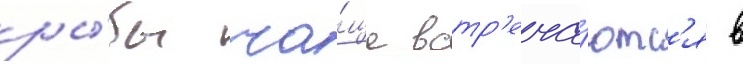
ры́бы ча́ще встр'еча́ютс'я в